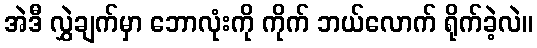
အဲဒီ လွှဲချက်မှာ ဘောလုံးကို ကိုက် ဘယ်လောက် ရိုက်ခဲ့လဲ။